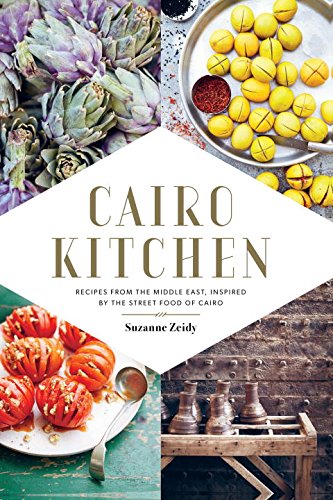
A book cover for Cairo Kitchen: Recipes From the Middle East, Inspired by the Street Food of Cairo; Suzanne Zeidy; Cookbooks, Food & Wine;